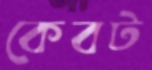
কেবট